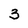
Character: 3